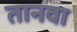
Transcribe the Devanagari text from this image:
तानवा